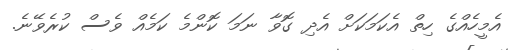
އެމީހެއްގެ ހިތް އެކަމަކަށް އެދި ގޮވާ ނަމަ ކޮންމެ ކަމެއް ވެސް ކުރެވޭނެ.